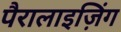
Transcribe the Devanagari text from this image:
पैरालाइज़िंग